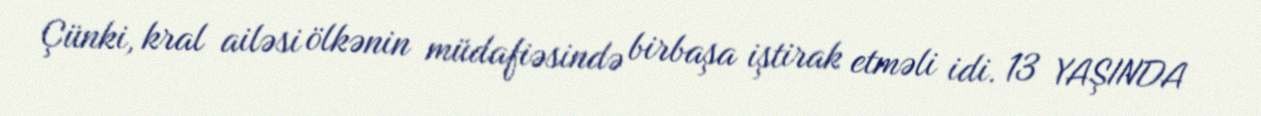
Çünki, kral ailəsi ölkənin müdafiəsində birbaşa iştirak etməli idi. 13 YAŞINDA